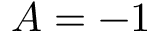
A = - 1